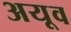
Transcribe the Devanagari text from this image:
अयूव